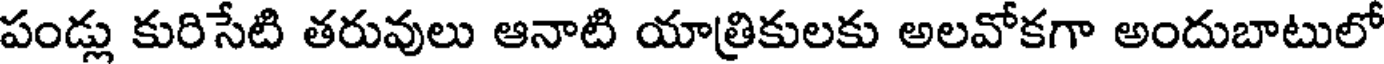
పండ్లు కురిసేటి తరువులు ఆనాటి యాత్రికులకు అలవోకగా అందుబాటులో